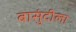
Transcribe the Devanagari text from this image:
बासुंदीला